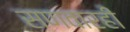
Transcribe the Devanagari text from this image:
सणवारही